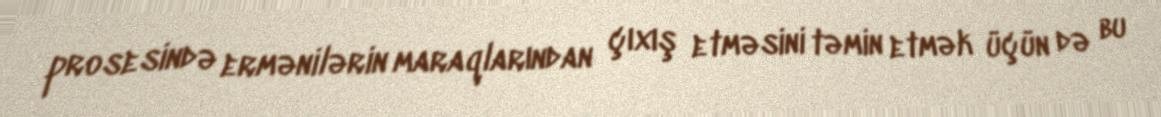
prosesində ermənilərin maraqlarından çıxış etməsini təmin etmək üçün də bu